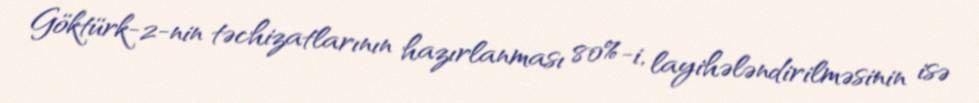
Göktürk-2-nin təchizatlarının hazırlanması 80%-i, layihələndirilməsinin isə